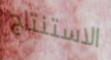
الاستنتاج